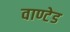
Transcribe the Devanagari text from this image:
वाण्टेड